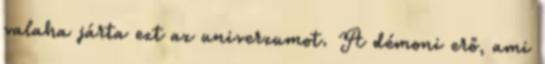
valaha járta ezt az univerzumot. A démoni erő, ami